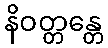
နိဝတ္တန္တေ